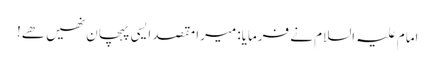
امام علیہ السلام نے فرمایا: میرا مقصد ایسی پہچان نھیں ھے!